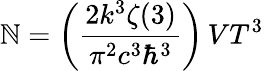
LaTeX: \mathbb{N}=\left({\frac{{2k^{3}\zeta(3)}}{{\pi^{2}c^{3}\hbar^{3}}}}\right)\, VT^{3}